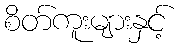
စိတ်ကူးများနှင့်